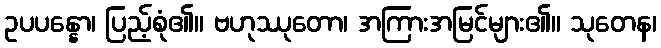
ဥပပန္နော၊ ပြည့်စုံ၏။ ဗဟုဿုတော၊ အကြားအမြင်များ၏။ သုတေန၊